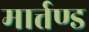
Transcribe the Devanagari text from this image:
मार्त्तण्ड